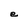
Character: e